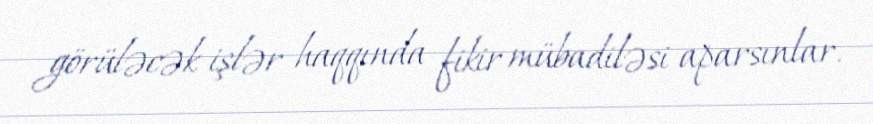
görüləcək işlər haqqında fikir mübadiləsi aparsınlar.